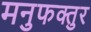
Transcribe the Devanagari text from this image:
मनुफक्तुर